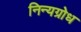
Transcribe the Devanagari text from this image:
निन्यग्रोध